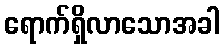
ရောက်ရှိလာသောအခါ